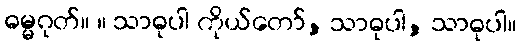
ဓမ္မဂုတ်။ ။ သာဓုပါ ကိုယ်တော်, သာဓုပါ, သာဓုပါ။